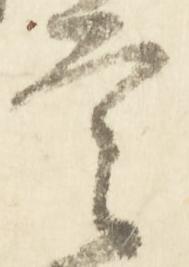
言